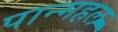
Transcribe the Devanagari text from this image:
पान्महल